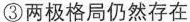
③两极格局仍然存在